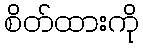
စိတ်ထားကို